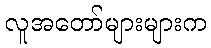
လူအတော်များများက